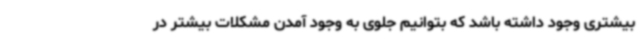
بیشتری وجود داشته باشد که بتوانیم جلوی به وجود آمدن مشکلات بیشتر در